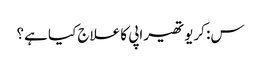
س: کریوتھیراپی کا علاج کیا ہے؟